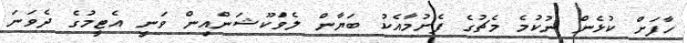
ހާފަށް ކުޅެން ނުކުމެ މެޗުގެ ފެށުމާއެކު ބަޔާން ލެވްަކޫޝަންއިން ވަނީ އެޓީމުގެ ދެވަނަ